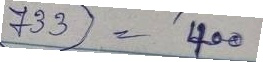
733 = 400